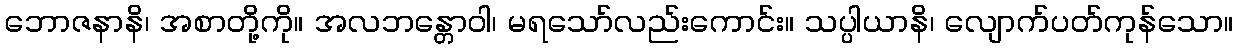
ဘောဇနာနိ၊ အစာတို့ကို။ အလဘန္တောဝါ၊ မရသော်လည်းကောင်း။ သပ္ပါယာနိ၊ လျောက်ပတ်ကုန်သော။